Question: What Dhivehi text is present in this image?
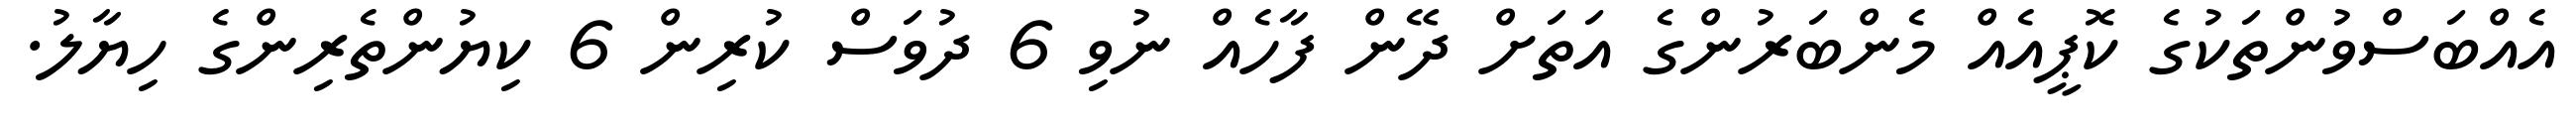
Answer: އެއްބަސްވުންތަކުގެ ކޮޕީއެއް މެންބަރުންގެ އަތަށް ދޭން ފާހެއް ނުވި 6 ދުވަސް ކުރިން 6 ކިޔުންތެރިންގެ ހިޔާލު.